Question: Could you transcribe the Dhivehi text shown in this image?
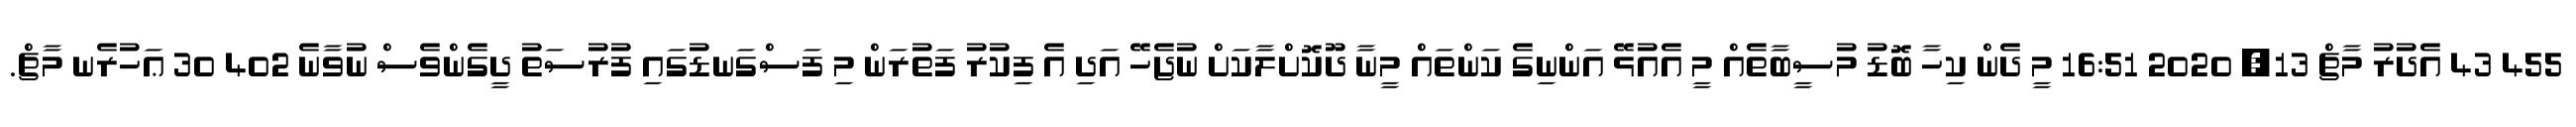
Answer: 455 43 އެދުރު މާޗް 13, 2020 16:51 މީ ދެން ކިހާ ބޮޑު މުސީބާތެއް މީ އެއުޅޭ އަންނިގެ ކަންތައް މީނާ ދޫކޮށްލާކަށް ނުޖެހޭ އަދި އެ ފިކުރު ފަތުރަން މި ފަސްގަނޑުގައި ފުރުސަތު ދީގެންވެސް ނުވާނެ 402 30 ޢަހުރެނ މާޗް.